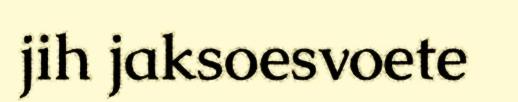
jih jaksoesvoete